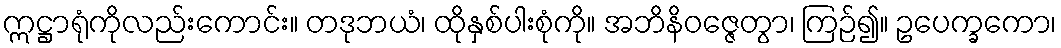
ဣဋ္ဌာရုံကိုလည်းကောင်း။ တဒုဘယံ၊ ထိုနှစ်ပါးစုံကို။ အဘိနိဝဇ္ဇေတွာ၊ ကြဉ်၍။ ဥပေက္ခကော၊